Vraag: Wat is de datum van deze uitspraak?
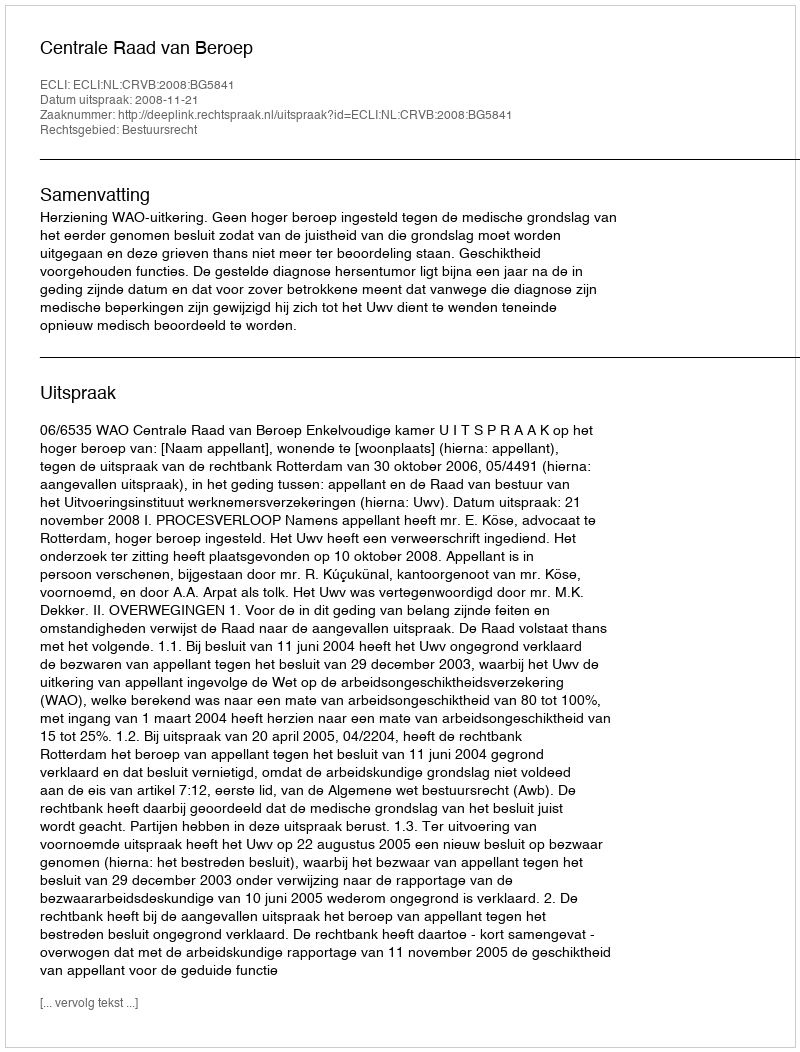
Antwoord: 2008-11-21